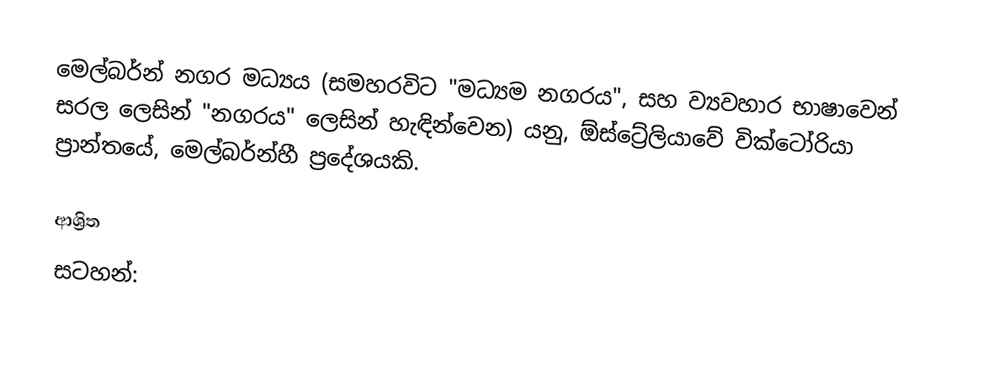
මෙල්බර්න් නගර මධ්‍යය (සමහරවිට "මධ්‍යම නගරය", සහ ව්‍යවහාර භාෂාවෙන් සරල ලෙසින්  "නගරය" ලෙසින් හැඳින්වෙන) යනු, ඕස්ට්‍රේලියාවේ වික්ටෝරියා ප්‍රාන්තයේ, මෙල්බර්න්හී ප්‍රදේශයකි.

ආශ්‍රිත
සටහන්: